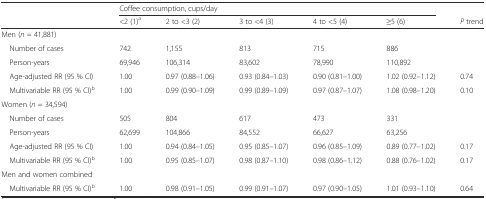
|  | <COLSPAN=5> Coffee consumption, cups/day |  |
 |  | <2 (1)a | 2 to <3 (2) | 3 to <4 (3) | 4 to <5 (4) | ≥5 (6) | P trend |
 | --- | --- | --- | --- | --- | --- | --- |
 | <COLSPAN=7> Men (n = 41,881) |
 | Number of cases | 742 | 1,155 | 813 | 715 | 886 |  |
 | Person-years | 69,946 | 106,314 | 83,602 | 78,990 | 110,892 |  |
 | Age-adjusted RR (95 % CI) | 1.00 | 0.97 (0.88–1.06) | 0.93 (0.84–1.03) | 0.90 (0.81–1.00) | 1.02 (0.92–1.12) | 0.74 |
 | Multivariable RR (95 % CI)b | 1.00 | 0.99 (0.90–1.09) | 0.99 (0.89–1.09) | 0.97 (0.87–1.07) | 1.08 (0.98–1.20) | 0.10 |
 | <COLSPAN=7> Women (n = 34,594) |
 | Number of cases | 505 | 804 | 617 | 473 | 331 |  |
 | Person-years | 62,699 | 104,866 | 84,552 | 66,627 | 63,256 |  |
 | Age-adjusted RR (95 % CI) | 1.00 | 0.94 (0.84–1.05) | 0.95 (0.85–1.07) | 0.96 (0.85–1.09) | 0.89 (0.77–1.02) | 0.17 |
 | Multivariable RR (95 % CI)b | 1.00 | 0.95 (0.85–1.07) | 0.98 (0.87–1.10) | 0.98 (0.86–1.12) | 0.88 (0.76–1.02) | 0.17 |
 | <COLSPAN=7> Men and women combined |
 | Multivariable RR (95 % CI)b | 1.00 | 0.98 (0.91–1.05) | 0.99 (0.91–1.07) | 0.97 (0.90–1.05) | 1.01 (0.93–1.10) | 0.64 |